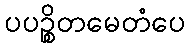
ပပဉ္စိတမေတံပေ